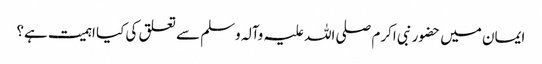
ایمان میں حضور نبی اکرم صلی اللہ علیہ وآلہ وسلم سے تعلق کی کیا اہمیت ہے؟